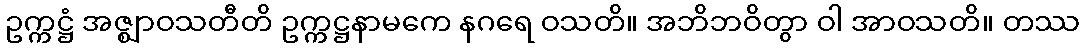
ဥက္ကဋ္ဌံ အဇ္ဈာဝသတီတိ ဥက္ကဋ္ဌနာမကေ နဂရေ ဝသတိ။ အဘိဘဝိတွာ ဝါ အာဝသတိ။ တဿ